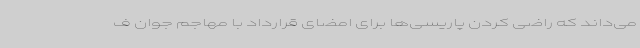
می‌داند که راضی کردن پاریسی‌ها برای امضای قرارداد با مهاجم جوان ف